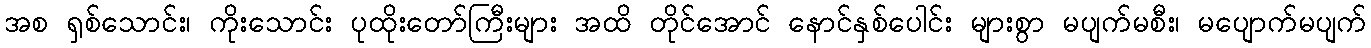
အစ ရှစ်သောင်း၊ ကိုးသောင်း ပုထိုးတော်ကြီးများ အထိ တိုင်အောင် နောင်နှစ်ပေါင်း များစွာ မပျက်မစီး၊ မပျောက်မပျက်